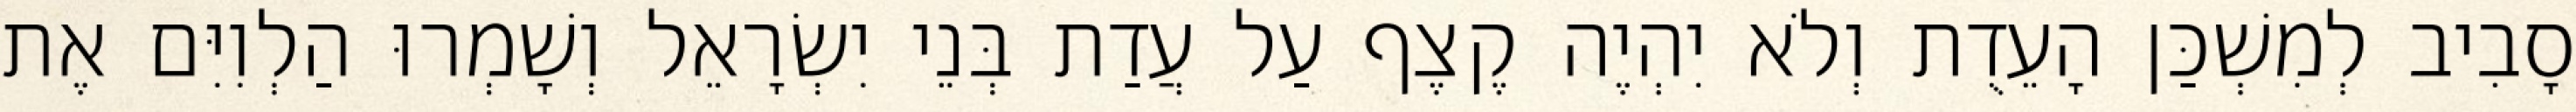
סָבִיב לְמִשְׁכַּן הָעֵדֻת וְלֹא יִהְיֶה קֶצֶף עַל עֲדַת בְּנֵי יִשְׂרָאֵל וְשָׁמְרוּ הַלְוִיִּם אֶת